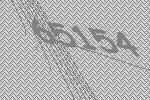
65154